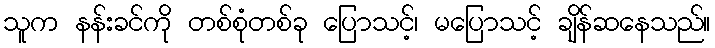
သူက နန်းခင်ကို တစ်စုံတစ်ခု ပြောသင့်၊ မပြောသင့် ချိန်ဆနေသည်။